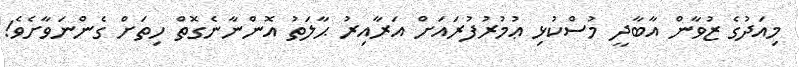
މިއަދުގެ ޒުވާން އާބާދީ މުސްކުޅި ޢުމުރުފުރައަށް އަރާއިރު ޙާލަތު އޮންނާނެގޮތް ހިތަށް ގެންނަވާށެވެ!